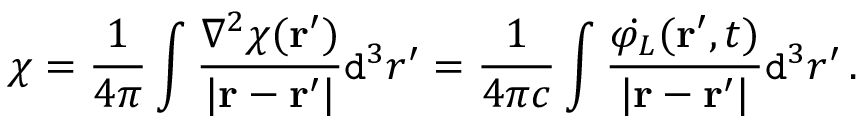
\chi = \frac { 1 } { 4 \pi } \int \frac { \nabla ^ { 2 } \chi ( { \bf r } ^ { \prime } ) } { | { \bf r } - { \bf r } ^ { \prime } | } \mathtt { d } ^ { 3 } r ^ { \prime } = \frac { 1 } { 4 \pi c } \int \frac { \Dot { \varphi _ { L } } ( { \bf r } ^ { \prime } , t ) } { | { \bf r } - { \bf r } ^ { \prime } | } \mathtt { d } ^ { 3 } r ^ { \prime } \, .